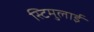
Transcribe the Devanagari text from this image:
स्टिमुलाई